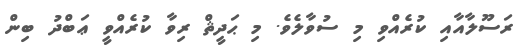
ރަސޫލާއާއި ކުރެއްވި މި ސުވާލެވެ. މި ޙަދީޘް ރިވާ ކުރެއްވީ ޢަބްދު ބިން